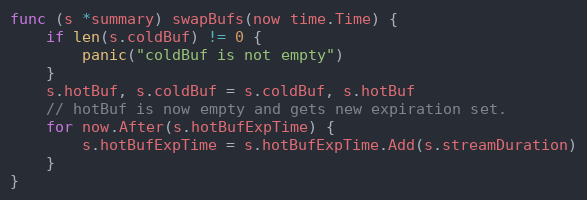
Language: Go
func (s *summary) swapBufs(now time.Time) {
	if len(s.coldBuf) != 0 {
		panic("coldBuf is not empty")
	}
	s.hotBuf, s.coldBuf = s.coldBuf, s.hotBuf
	// hotBuf is now empty and gets new expiration set.
	for now.After(s.hotBufExpTime) {
		s.hotBufExpTime = s.hotBufExpTime.Add(s.streamDuration)
	}
}